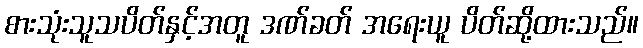
စားသုံးသူသပိတ်နှင့်အတူ ဒဏ်ခတ် အရေးယူ ပိတ်ဆို့ထားသည်။